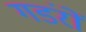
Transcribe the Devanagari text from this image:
गडंरों